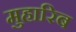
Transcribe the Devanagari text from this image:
मुहारिब